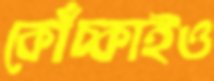
কোঁচ্‌কাইও